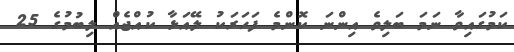
ކަމުގައިވާ ނަމަ ބަލިވެ އިންނަ ކޮންމެ ފަހަރަކު ލޭއަޅާ ކުއްޖެއް ލިބުމުގެ 25